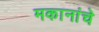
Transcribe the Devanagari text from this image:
मकानांचे